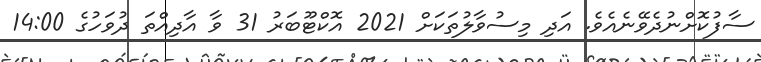
ސާފުކޮށްނުދެވޭނެއެވެ. އަދި މިސުވާލުތަކަށް 2021 އޮކްޓޫބަރު 31 ވާ އާދިއްތަ ދުވަހުގެ 14:00